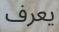
يعرف